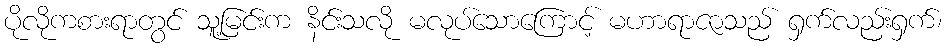
ပိုလိုကစားရာတွင် သူ့မြင်းက နိင်းသလို မလုပ်သောကြောင့် မဟာရာဇာသည် ရှက်လည်းရှက်၊